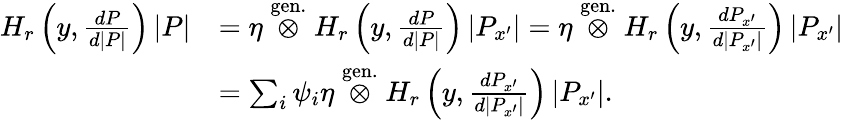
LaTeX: \begin{array}{rl}{H_{r}\left(y,\frac{dP}{d|P|}\right)\, |P|}&{=\eta\stackrel{\mathrm{gen.}}{\otimes}H_{r}\left(y,\frac{dP}{d|P|}\right)\, |P_{x^{\prime}}|=\eta\stackrel{\mathrm{gen.}}{\otimes}H_{r}\left(y,\frac{dP_{x^{\prime}}}{d|P_{x^{\prime}}|}\right)\, |P_{x^{\prime}}|}\\ &{=\sum_{i}\psi_{i}\eta\stackrel{\mathrm{gen.}}{\otimes}H_{r}\left(y,\frac{dP_{x^{\prime}}}{d|P_{x^{\prime}}|}\right)\, |P_{x^{\prime}}|.}\end{array}